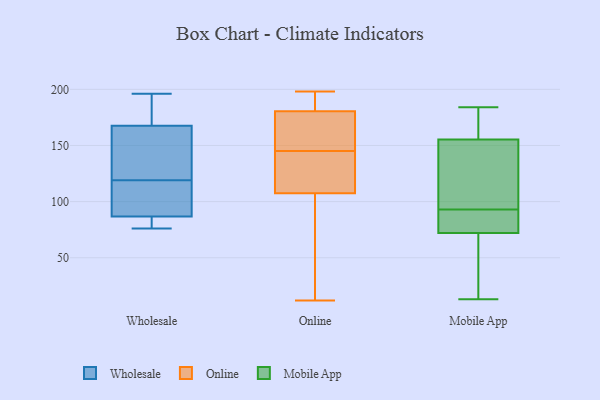
{"axis": {"x": "Conversion Rate (%)", "y": "Value"}, "legend": ["Mobile App", "Online", "Wholesale"], "data": [{"x": "", "y": 77, "type": "Wholesale"}, {"x": "", "y": 186, "type": "Wholesale"}, {"x": "", "y": 172, "type": "Wholesale"}, {"x": "", "y": 102, "type": "Wholesale"}, {"x": "", "y": 166, "type": "Wholesale"}, {"x": "", "y": 196, "type": "Wholesale"}, {"x": "", "y": 76, "type": "Wholesale"}, {"x": "", "y": 77, "type": "Wholesale"}, {"x": "", "y": 119, "type": "Wholesale"}, {"x": "", "y": 113, "type": "Wholesale"}, {"x": "", "y": 161, "type": "Wholesale"}, {"x": "", "y": 140, "type": "Wholesale"}, {"x": "", "y": 90, "type": "Wholesale"}, {"x": "", "y": 136, "type": "Online"}, {"x": "", "y": 177, "type": "Online"}, {"x": "", "y": 184, "type": "Online"}, {"x": "", "y": 146, "type": "Online"}, {"x": "", "y": 96, "type": "Online"}, {"x": "", "y": 189, "type": "Online"}, {"x": "", "y": 187, "type": "Online"}, {"x": "", "y": 42, "type": "Online"}, {"x": "", "y": 198, "type": "Online"}, {"x": "", "y": 123, "type": "Online"}, {"x": "", "y": 12, "type": "Online"}, {"x": "", "y": 157, "type": "Online"}, {"x": "", "y": 112, "type": "Online"}, {"x": "", "y": 103, "type": "Online"}, {"x": "", "y": 153, "type": "Online"}, {"x": "", "y": 144, "type": "Online"}, {"x": "", "y": 93, "type": "Mobile App"}, {"x": "", "y": 78, "type": "Mobile App"}, {"x": "", "y": 107, "type": "Mobile App"}, {"x": "", "y": 154, "type": "Mobile App"}, {"x": "", "y": 76, "type": "Mobile App"}, {"x": "", "y": 60, "type": "Mobile App"}, {"x": "", "y": 184, "type": "Mobile App"}, {"x": "", "y": 77, "type": "Mobile App"}, {"x": "", "y": 169, "type": "Mobile App"}, {"x": "", "y": 100, "type": "Mobile App"}, {"x": "", "y": 159, "type": "Mobile App"}, {"x": "", "y": 20, "type": "Mobile App"}, {"x": "", "y": 13, "type": "Mobile App"}]}